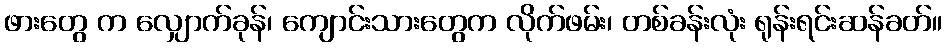
ဖားတွေ က လျှောက်ခုန်၊ ကျောင်းသားတွေက လိုက်ဖမ်း၊ တစ်ခန်းလုံး ရုန်းရင်းဆန်ခတ်။